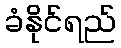
ခံနိုင်ရည်